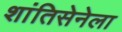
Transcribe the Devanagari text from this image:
शांतिसेनेला